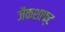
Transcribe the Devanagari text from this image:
जैकशाफ्ट